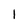
Character: l